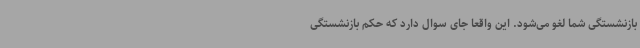
بازنشستگی شما لغو می‌شود. این واقعا جای سوال دارد که حکم بازنشستگی